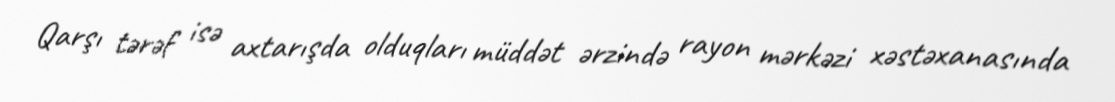
Qarşı tərəf isə axtarışda olduqları müddət ərzində rayon mərkəzi xəstəxanasında